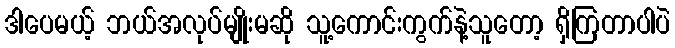
ဒါပေမယ့် ဘယ်အလုပ်မျိုးမဆို သူ့ကောင်းကွက်နဲ့သူတော့ ရှိကြတာပါပဲ